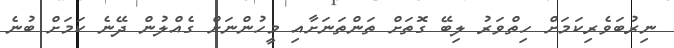
ނިރުބަވެރިކަމަށް ހިތްވަރު ލިބޭ ގޮތަށް ތަންތަނަށާއި މީހުންނަށް ގެއްލުން ދޭނެ ކަމަށް ބުނެ